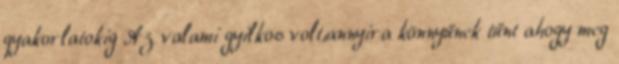
gyakorlatokig Az valami gyilkos volt,annyira könnyűnek tűnt ahogy meg